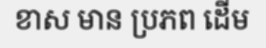
ខាស មាន ប្រភព ដើម